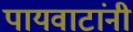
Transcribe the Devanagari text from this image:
पायवाटांनी